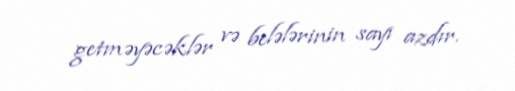
getməyəcəklər və belələrinin sayı azdır.